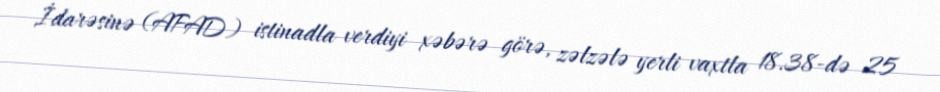
İdarəsinə (AFAD) istinadla verdiyi xəbərə görə, zəlzələ yerli vaxtla 18.38-də 25